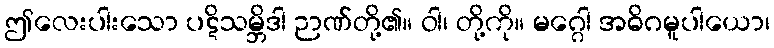
ဤလေးပါးသော ပဋိသမ္ဘိဒါ ဉာဏ်တို့၏။ ဝါ၊ တို့ကို။ မဂ္ဂေါ အဓိဂမူပါယော၊